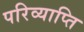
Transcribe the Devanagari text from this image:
परिव्याप्ति